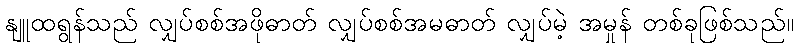
နျူထရွန်သည် လျှပ်စစ်အဖိုဓာတ် လျှပ်စစ်အမဓာတ် လျှပ်မဲ့ အမှုန် တစ်ခုဖြစ်သည်။